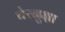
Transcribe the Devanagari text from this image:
चेरनुक्षा